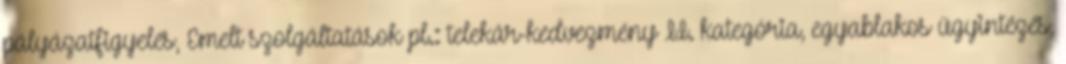
pályázatfigyelés, Emelt szolgáltatások pl.: telekár-kedvezmény II. kategória, egyablakos ügyintézés,